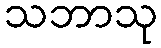
သဘာသု